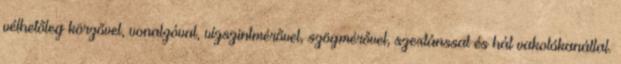
vélhetőleg kör­zővel, vonalzóval, vízszintmérővel, szögmérővel, szex­tánssal és hát vakolókanállal.